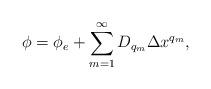
LaTeX: \begin{align*} \phi = \phi_{e} + \sum_{m=1}^{\infty} D_{q_m} \Delta x^{q_m},\end{align*}